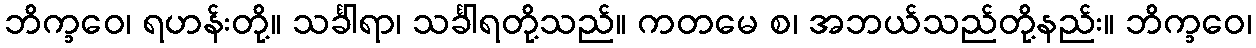
ဘိက္ခဝေ၊ ရဟန်းတို့။ သင်္ခါရာ၊ သင်္ခါရတို့သည်။ ကတမေ စ၊ အဘယ်သည်တို့နည်း။ ဘိက္ခဝေ၊